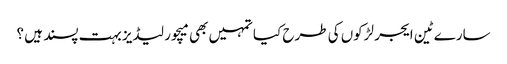
سارے ٹین ایجر لڑکوں کی طرح کیا تمہیں بھی میچور لیڈیز بہت پسند ہیں ؟